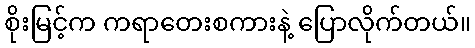
စိုးမြင့်က ကရာတေးစကားနဲ့ ပြောလိုက်တယ်။